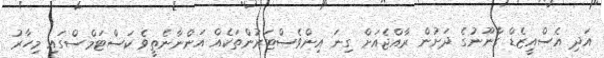
އަދި އެސްއީޒެޑް ގާނޫނުގެ ދަށުން ރާއްޖެއަށް ގިނަ އިންވެސްޓަރުންތަކެއް އަންނާނެތީވެ ކަސްޓަމްސްގައި މިހާރު